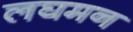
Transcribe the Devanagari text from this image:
लघमन